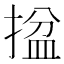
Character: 𢱔